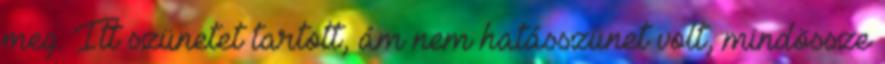
meg. Itt szünetet tartott, ám nem hatásszünet volt, mindössze